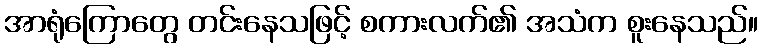
အာရုံကြောတွေ တင်းနေသဖြင့် စကားလက်၏ အသံက စူးနေသည်။